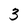
Character: 3